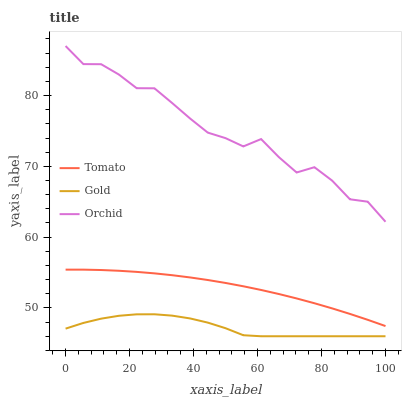
| xaxis_label | Tomato | Gold | Orchid |
 | --- | --- | --- | --- |
 | 0 | 55.4 | 47.1 | 87 |
 | 5.56 | 55.4 | 47.9 | 84.4 |
 | 11.1 | 55.4 | 48.5 | 84.4 |
 | 16.7 | 55.3 | 48.9 | 83 |
 | 22.2 | 55.1 | 49.1 | 81 |
 | 27.8 | 54.9 | 49.1 | 81 |
 | 33.3 | 54.6 | 48.9 | 78.9 |
 | 38.9 | 54.3 | 48.5 | 76.8 |
 | 44.4 | 53.9 | 47.9 | 74.8 |
 | 50 | 53.5 | 47.1 | 74 |
 | 55.6 | 53.1 | 46.1 | 72.8 |
 | 61.1 | 52.5 | 46 | 73.9 |
 | 66.7 | 52 | 46 | 71.3 |
 | 72.2 | 51.3 | 46 | 69.1 |
 | 77.8 | 50.7 | 46 | 69.9 |
 | 83.3 | 49.9 | 46 | 68 |
 | 88.9 | 49.2 | 46 | 65.3 |
 | 94.4 | 48.3 | 46 | 65 |
 | 100 | 47.4 | 46 | 62.2 |